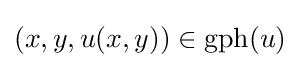
(x,y,u(x,y))\in \operatorname {gph} (u)